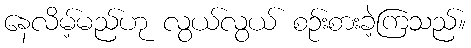
နေလိမ့်မည်ဟု လွယ်လွယ် စဉ်းစားခဲ့ကြသည်။